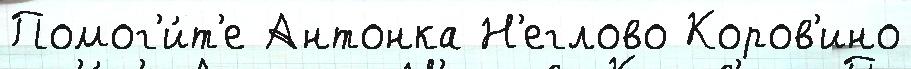
Помог'и́т'е Антонка Н'еглово Коров'ино